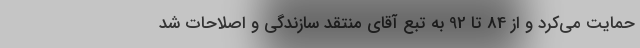
حمایت می‌کرد و از 84 تا 92 به تبعِ آقای منتقد سازندگی و اصلاحات شد